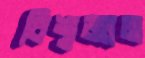
বিশ্বজ্ঞান